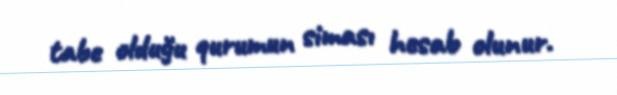
tabe olduğu qurumun siması hesab olunur.